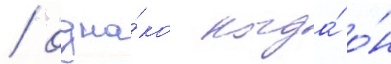
/ одна́ко когда́ о́н